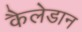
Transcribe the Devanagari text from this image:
कैलेडान